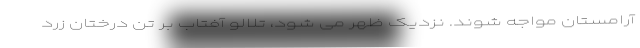
آرامستان مواجه شوند. نزدیک ظهر می شود، تلالو آفتاب بر تن درختان زرد